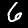
Label: 6